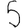
Digit: 5